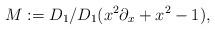
LaTeX: \begin{align*}M := D_1/D_1(x^2\partial_x + x^2-1),\end{align*}